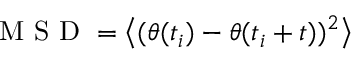
\mathrm { ~ M ~ S ~ D ~ } = \left< ( \theta ( t _ { i } ) - \theta ( t _ { i } + t ) ) ^ { 2 } \right>